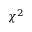
\chi ^ { 2 }